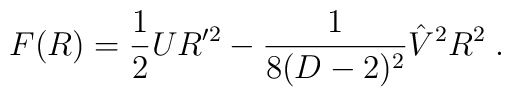
F(R) = {1 \over 2} U R'^2 - {1 \over {8(D-2)^2}} \hat V^2 R^2 \; .